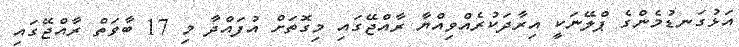
އަޅުގަނޑުމެންގެ ޕްލޭނަކީ އިރާދަކުރެއްވިއްޔާ ރާއްޖޭގައި މިގޮތަށް އުފައްދާ މި 17 ބާވަތް ރާއްޖޭގައި